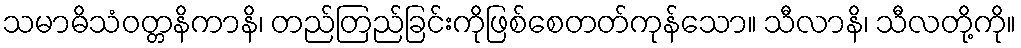
သမာဓိသံဝတ္တနိကာနိ၊ တည်တြည်ခြင်းကိုဖြစ်စေတတ်ကုန်သော။ သီလာနိ၊ သီလတို့ကို။